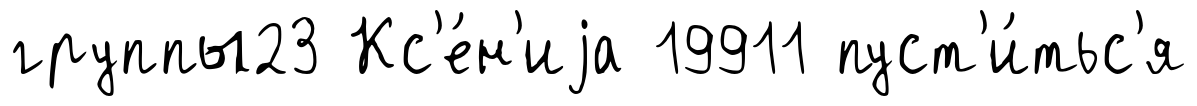
группы23 Кс'е́н'иjа 19911 пуст'и́тьс'я